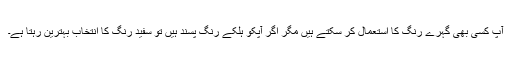
آپ کسی بھی گہرے رنگ کا استعمال کر سکتے ہیں مگر اگر آپکو ہلکے رنگ پسند ہیں تو سفید رنگ کا انتخاب بہترین رہتا ہے۔